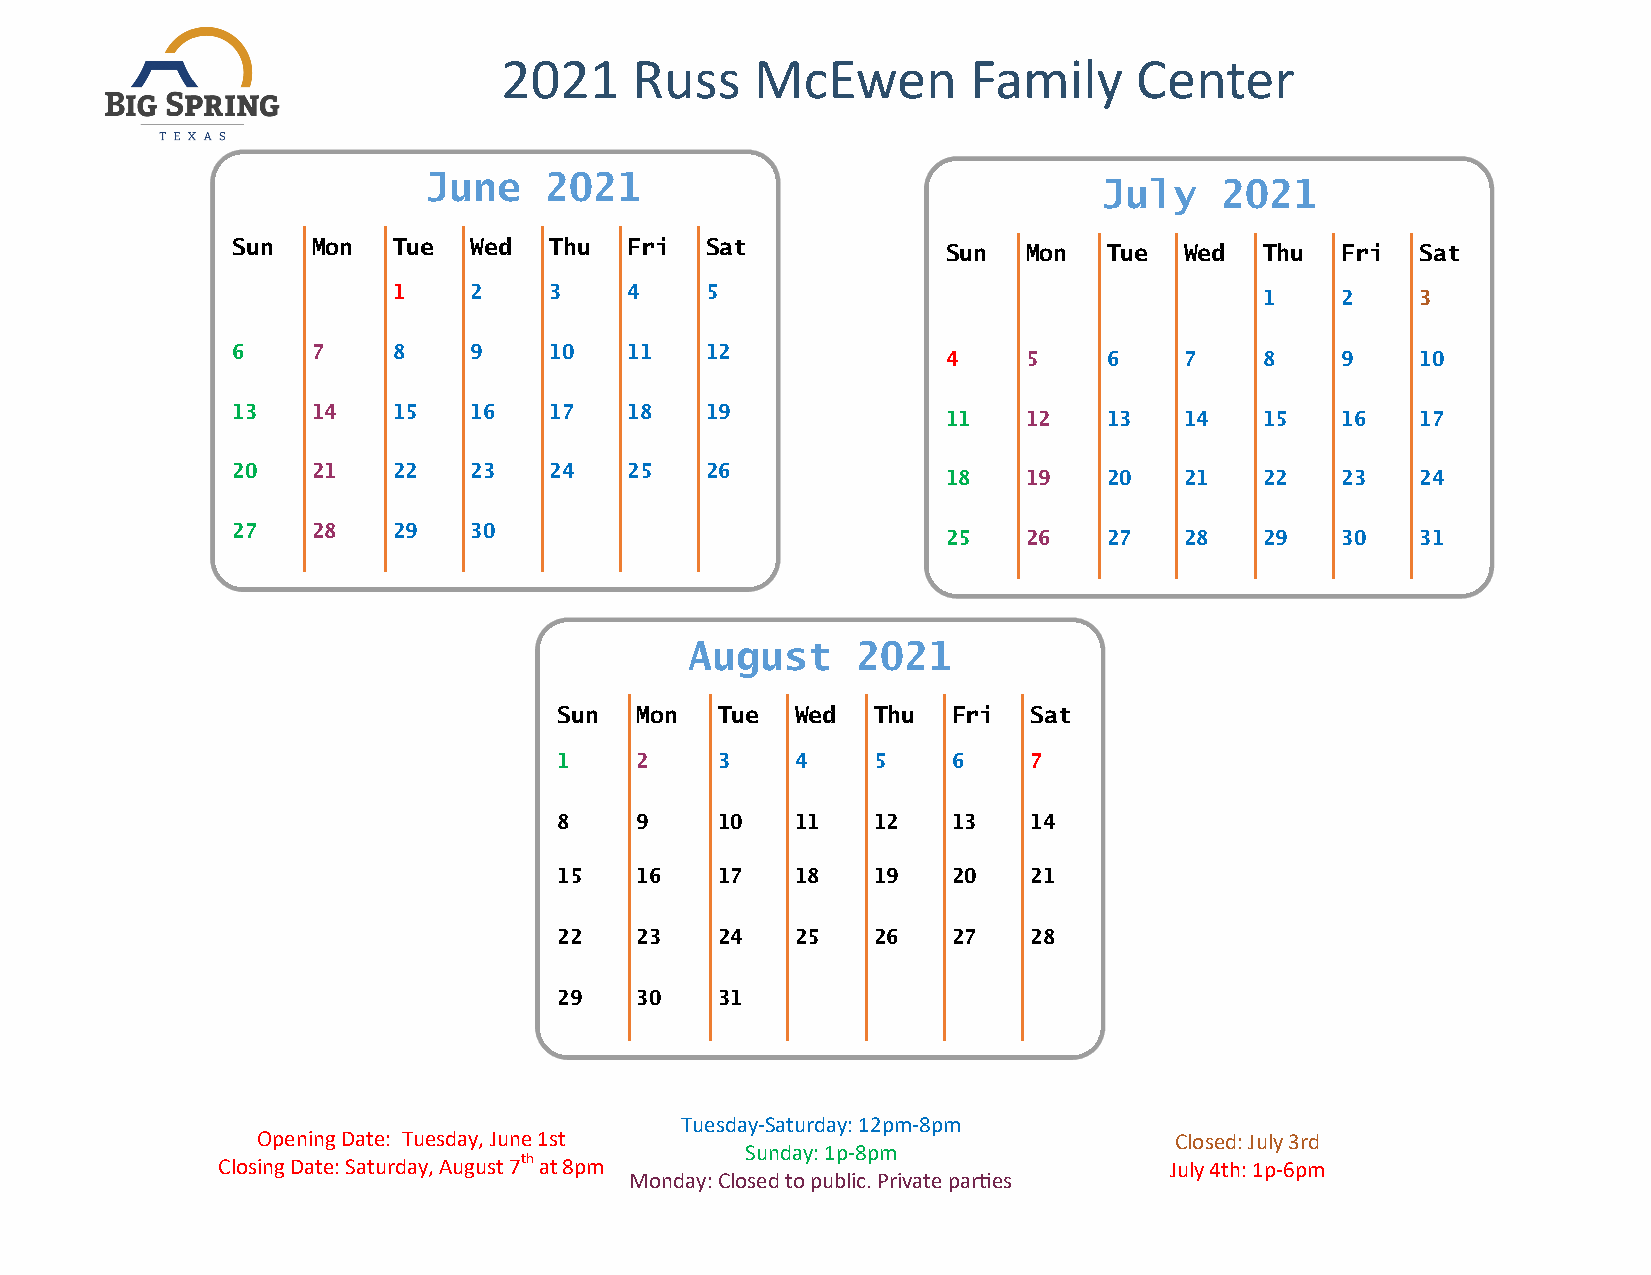
2021     Russ    McEwen        Family     Center
 June    2021
 July    2021
 Sun   Mon  Tue  Wed  Thu   Fri  Sat
 Sun  Mon  Tue  Wed   Thu  Fri  Sat
 1    2    3     4    5
 1    2    3
 6     7    8    9    10    11   12
 4    5    6    7     8    9    10
 13    14   15   16   17    18   19
 11   12   13   14    15   16   17
 20    21   22   23   24    25   26
 18   19   20   21    22   23   24
 27    28   29   30
 25   26   27   28    29   30   31
 August     2021
 Sun  Mon  Tue   Wed  Thu  Fri  Sat
 1    2    3     4    5    6    7
 8    9    10    11   12   13   14
 15   16   17    18   19   20   21
 22   23   24    25   26   27   28
 29   30   31
 Tuesday-Saturday: 12pm-8pm
 Opening Date: Tuesday, June 1st                              Closed: July 3rd
 Sunday: 1p-8pm
 Closing Date: Saturday, August 7th at 8pm                      July 4th: 1p-6pm
 Monday: Closed to public. Private parties